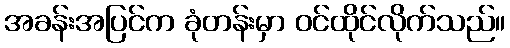
အခန်းအပြင်က ခုံတန်းမှာ ဝင်ထိုင်လိုက်သည်။